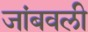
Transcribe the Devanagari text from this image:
जांबवली